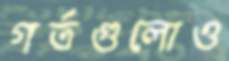
গর্তগুলোও